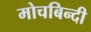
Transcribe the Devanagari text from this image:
मोचबिन्दी